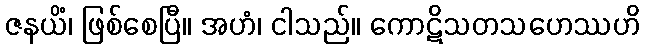
ဇနယိံ၊ ဖြစ်စေပြီ။ အဟံ၊ ငါသည်။ ကောဋိသတသဟေဿဟိ